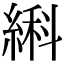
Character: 䌀